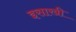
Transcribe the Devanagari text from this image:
इसाखी